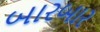
બારબાર